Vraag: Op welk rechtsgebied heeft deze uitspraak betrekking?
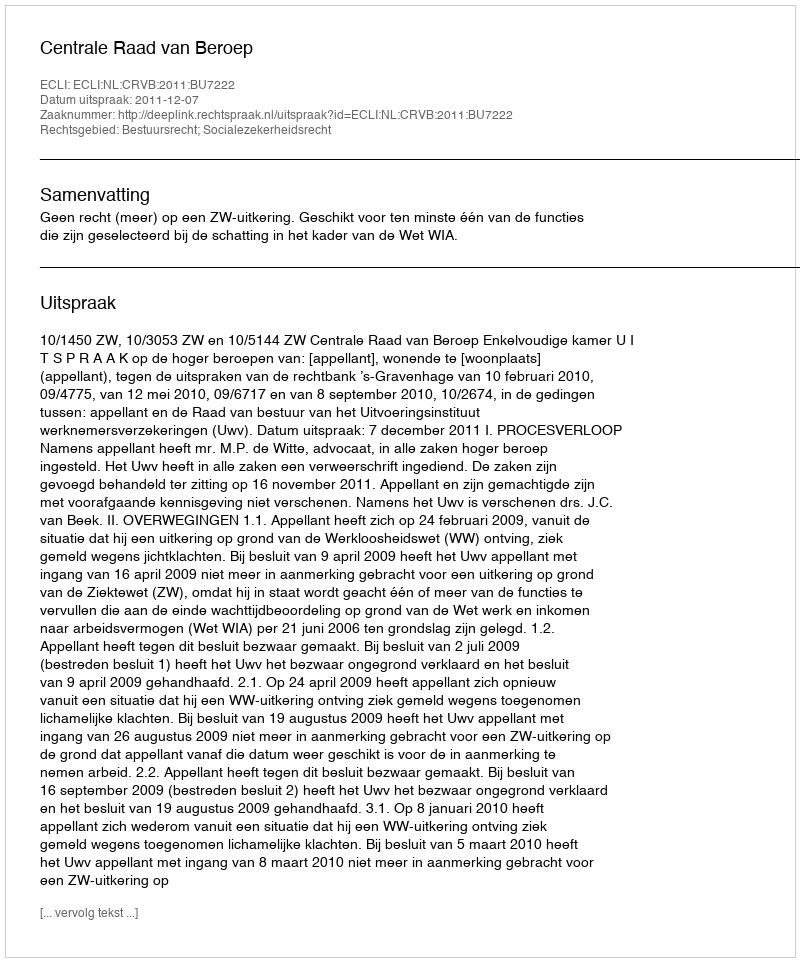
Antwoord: Bestuursrecht; Socialezekerheidsrecht